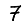
Digit: 7